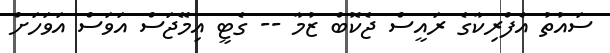
ސައުތު އެފްރިކާގެ ރައީސް ޖެކޮބް ޒުމާ -- ގެޓީ އިމޭޖަސް އަވަސް އަވަހަށް